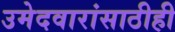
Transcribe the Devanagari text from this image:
उमेदवारांसाठीही